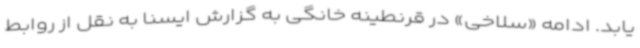
یابد. ادامه «سلاخی» در قرنطینه خانگی به گزارش ایسنا به نقل از روابط